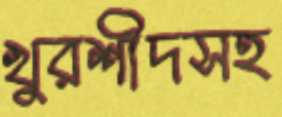
খুরশীদসহ